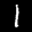
Label: 1